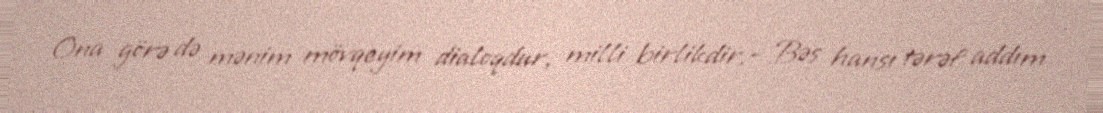
Ona görə də mənim mövqeyim dialoqdur, milli birlikdir.- Bəs hansı tərəf addım